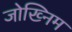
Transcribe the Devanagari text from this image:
जोख्निम